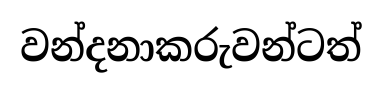
වන්දනාකරුවන්ටත්